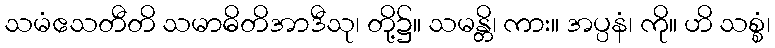
သမံဧသတီတိ သမာဓိတိအာဒီသု၊ တို့၌။ သမန္တိ၊ ကား။ အပ္ပနံ၊ ကို။ ဟိ သစ္စံ၊